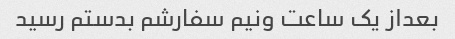
بعداز یک ساعت ونیم سفارشم بدستم رسید